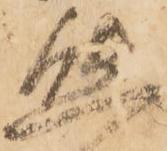
態